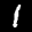
Label: 1